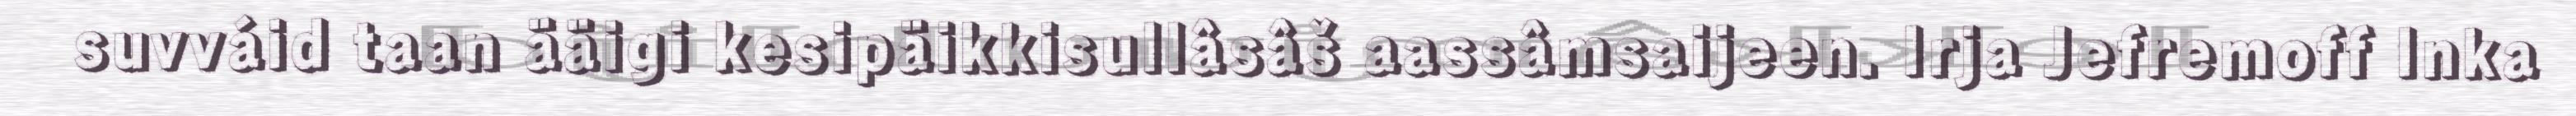
suvváid taan ääigi kesipäikkisullâsâš aassâmsaijeen. Irja Jefremoff Inka